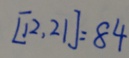
[ 1 2 , 2 1 ] = 8 4